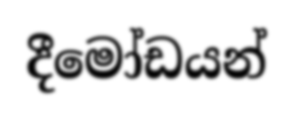
දීමෝඩයන්